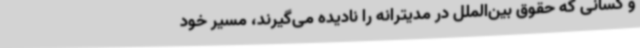
و کسانی که حقوق بین‌الملل در مدیترانه را نادیده می‌گیرند، مسیر خود